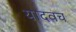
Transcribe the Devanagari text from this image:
यादवच